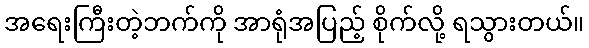
အရေးကြီးတဲ့ဘက်ကို အာရုံအပြည့် စိုက်လို့ ရသွားတယ်။